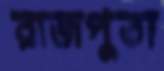
রাজপুতা